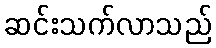
ဆင်းသက်လာသည်